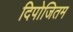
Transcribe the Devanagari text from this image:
दिपोजितम